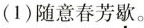
(1)随意春芳歇。